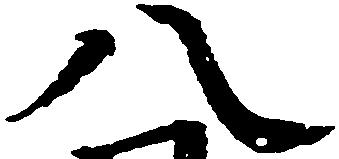
八